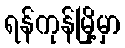
ရန်ကုန်မြို့မှာ